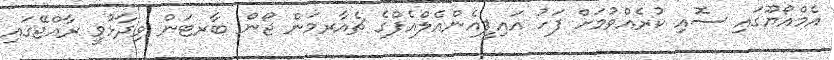
އެމްއޯޔޫގައި ސޮއި ކުރެއްވުމަށް ފަހު އައިޕީއެންއެލްއެފްގެ ޗެއާރމަން ޖޯން ބާރޓަން ވިދާޅުވީ ރާއްޖޭގައި